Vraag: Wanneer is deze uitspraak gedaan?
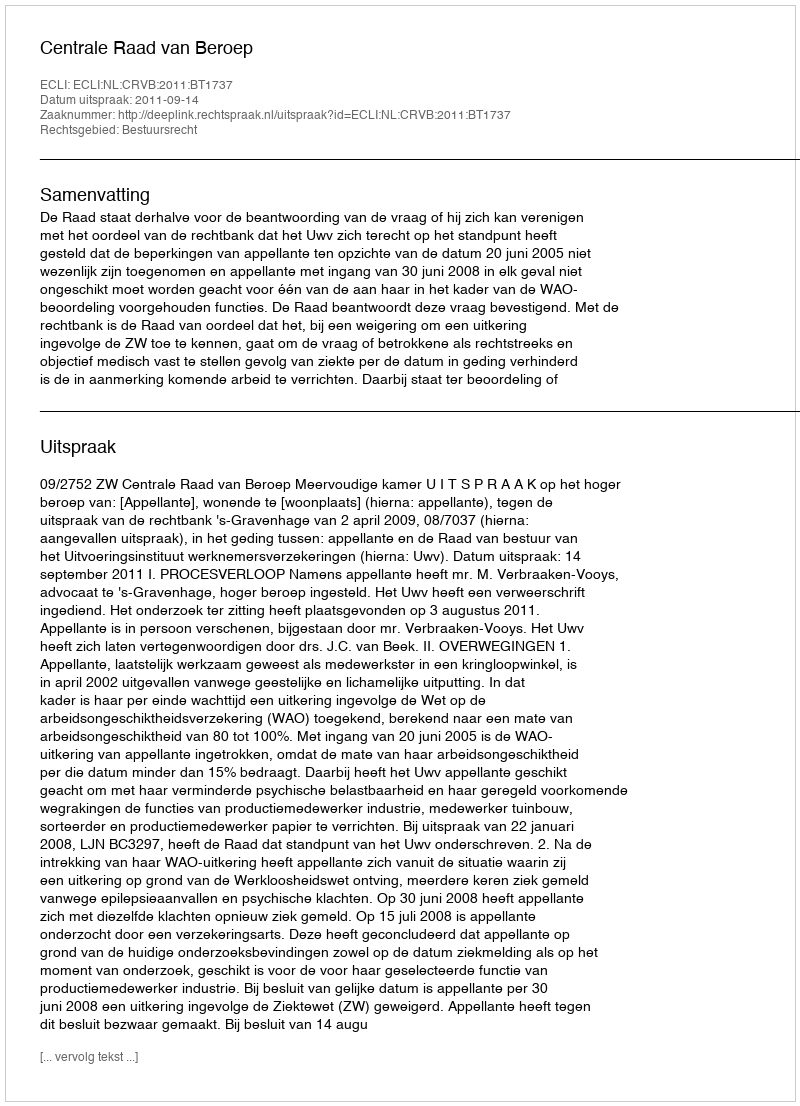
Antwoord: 2011-09-14